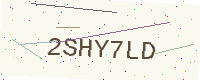
Text: 2SHY7LD